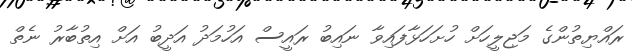
ރައްޔިތުންގެ މަޖިލީހަށް ހުށަހަޅާފައިވާ ނައިބު ރައީސް އަހުމަދު އަދީބު އަށް އިތުބާރު ނެތް